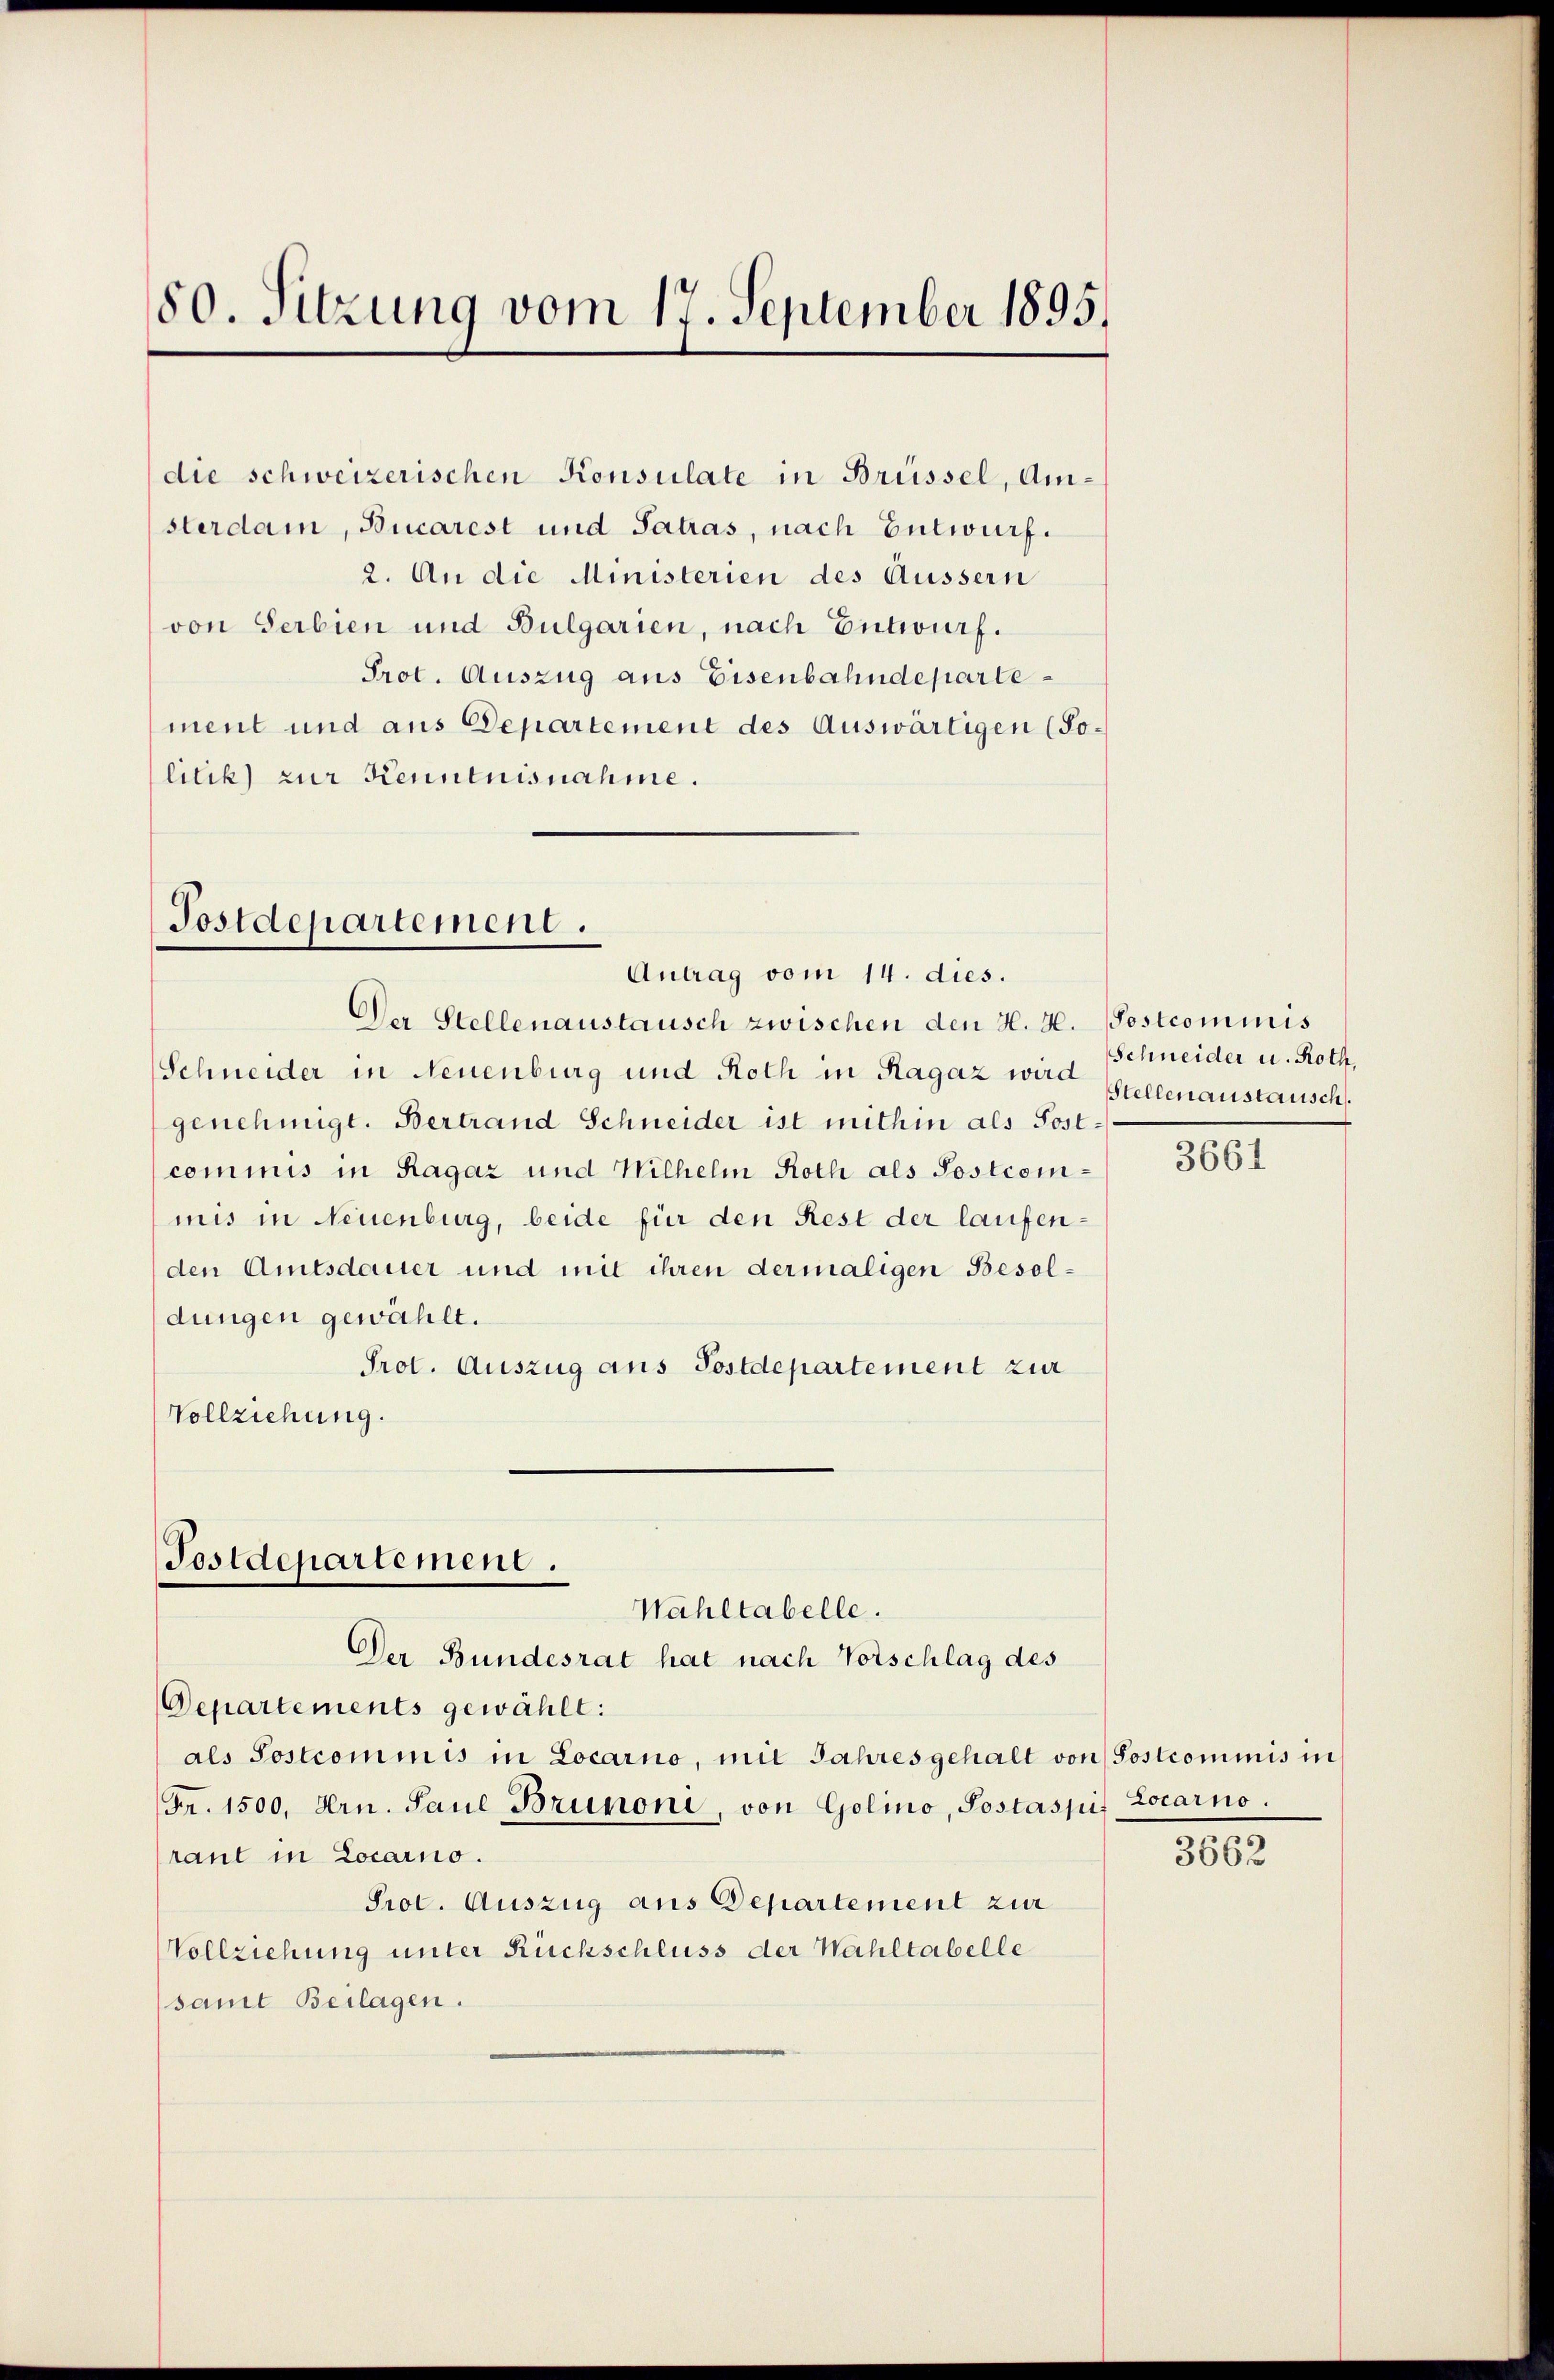
80. Sitzung vom 17. September 1895.

2. An die Ministerien des Äussern
von Serbien und Bulgarien, nach Entwurf.
Prot. Auszug aus Eisenbahndeparte
ment und aus Departement des Auswärtigen (Solilik) zur Kenntnisnahme.

Postdepartement.
Antrag vom 14. dies.

Departements gewählt:
als Postcommis in Locarno, mit Jahres gehalt von Postcommis in
(Fr. 1500. Hrn. Paul Brunoni, von Golino, Postaspif Locarno.
raut in Locarno.
Prot. Auszug aus Departement zur
Vollziehung unter Rückschluss der Wahltabelle
(samt Beilagen.

Postdepartement.
Wahltabelle.
Der Bundesrat hat nach Vorschlag des

die schweizerischen Konsulate in Brüssel, Amsterdam, Bucarest und Satras, nach Entwurf.

Der Stellenaustausch zwischen den H. H. Postcommis
Schneider in Neuenburg und Roth in Ragaz wird Schneider u. Roth,
genehmigt. Bertrand Schneider ist mithin als Postcommis in Ragaz und Wilhelm Roth als Postcommis in Neuenburg, beide für den Rest der laufenden Amtsdauer und mit ihren dermaligen Besoldungen gewählt.
Prot. Auszug aus Postdepartement zur
Vollziehung.

Stellenaustausch.

3661

3662